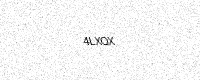
Text: 4LXQX